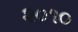
૨૦૧૦